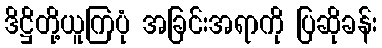
ဒိဋ္ဌိတို့ယူကြပုံ အခြင်းအရာကို ပြဆိုခန်း